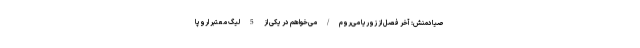
صیادمنش: آخر فصل از زوریا می‌روم/می‌خواهم در یکی از 5 لیگ معتبر اروپا